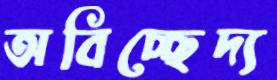
অবিচ্ছেদ্য